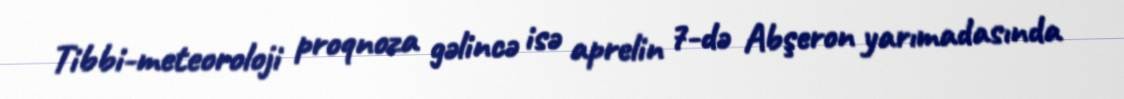
Tibbi-meteoroloji proqnoza gəlincə isə aprelin 7-də Abşeron yarımadasında